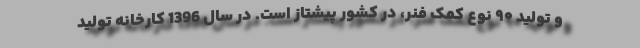
و تولید ۹۰ نوع کمک فنر، در کشور پیشتاز است. در سال 1396 کارخانه تولید